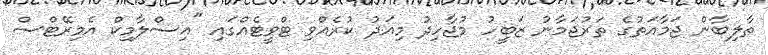
ތާލިބާން ޖަމާއަތުގެ ތަރުޖަމާނު ޒަބީހު މުޖާހިދު މިއަދު ކުރެއްވި ޓްވީޓެއްގައި "އިސްލާމިކް އެމިރޭޓްސް